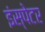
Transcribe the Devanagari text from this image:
इंस्पेटर